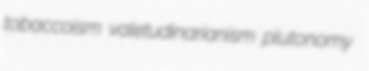
tobaccoism valetudinarianism plutonomy